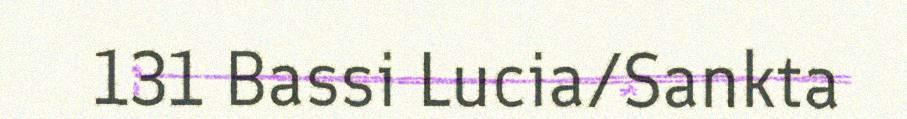
131 Bassi Lucia/Sankta